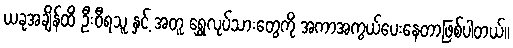
ယခုအချိန်ထိ ဦးဝီရသူ နှင့် အတူ ရွှေလုပ်သားတွေကို အကာအကွယ်ပေးနေတာဖြစ်ပါတယ်။